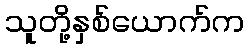
သူတို့နှစ်ယောက်က